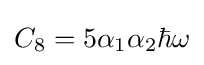
C_{8}=5\alpha _{1}\alpha _{2}\hbar \omega